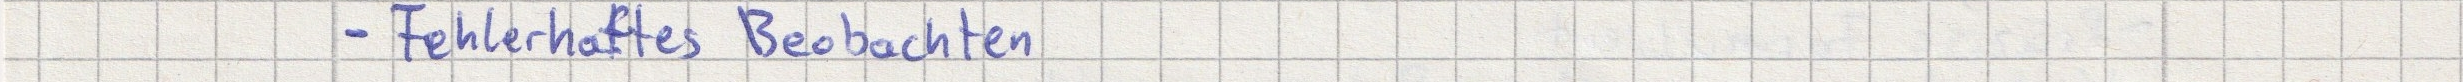
- Fehlerhaftes Beobachten